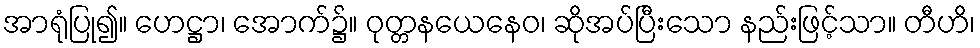
အာရုံပြု၍။ ဟေဋ္ဌာ၊ အောက်၌။ ဝုတ္တနယေနေဝ၊ ဆိုအပ်ပြီးသော နည်းဖြင့်သာ။ တီဟိ၊